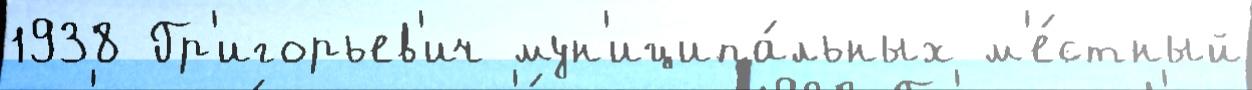
1938 Гр'игорьев'ич мун'иципа́льных м'е́стный